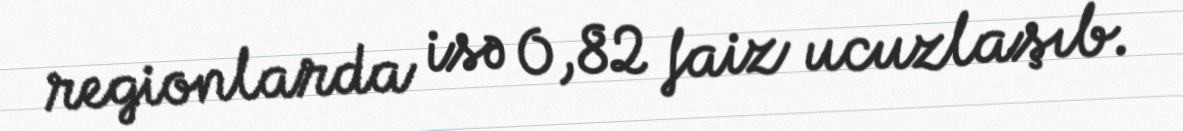
regionlarda isə 0,82 faiz ucuzlaşıb.